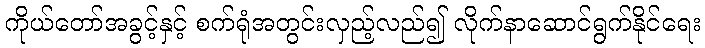
ကိုယ်တော်အခွင့်နှင့် စက်ရုံအတွင်းလှည့်လည်၍ လိုက်နာဆောင်ရွက်နိုင်ရေး